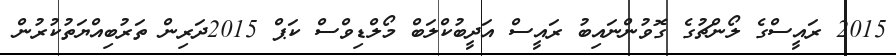
2015 ރައީސްގެ ލޯންޗުގެ ގޮވުންނައިބު ރައީސް އަދީބުކްލަބް މޯލްޑިވްސް ކަޕް 2015ދަރިން ތަރުބިއްޔަތުކުރުން